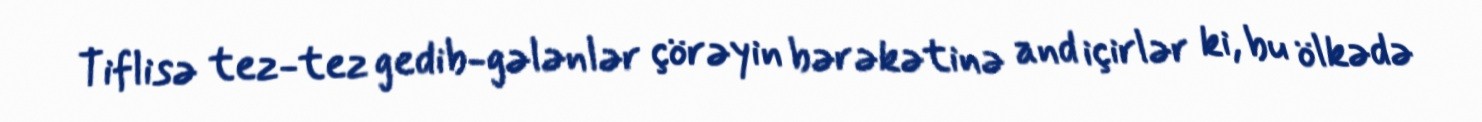
Tiflisə tez-tez gedib-gələnlər çörəyin bərəkətinə and içirlər ki, bu ölkədə